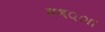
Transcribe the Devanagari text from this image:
घञ््‌ा।